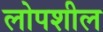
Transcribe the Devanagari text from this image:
लोपशील